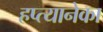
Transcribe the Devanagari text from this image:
हप्त्यानेका